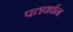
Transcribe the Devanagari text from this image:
पतवर्धन